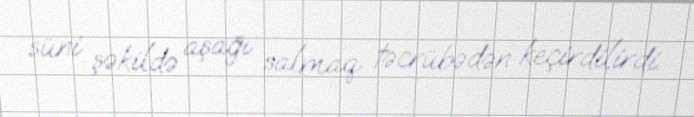
süni şəkildə aşağı salmaq təcrübədən keçirdilirdi.